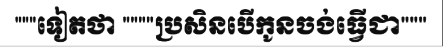
"""ទៀតថា """"ប្រសិនបើកូនចង់ធ្វើជា"""